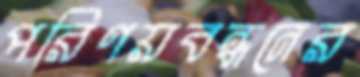
পরিণয়বন্ধনের